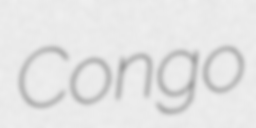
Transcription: Congo